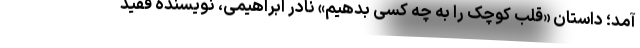
آمد؛ داستان «قلب کوچک را به چه کسی بدهیم» نادر ابراهیمی، نویسنده فقید